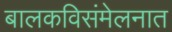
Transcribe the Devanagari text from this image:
बालकविसंमेलनात